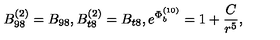
B _ { 9 8 } ^ { ( 2 ) } = B _ { 9 8 } , B _ { t 8 } ^ { ( 2 ) } = B _ { t 8 } , e ^ { { \Phi } _ { b } ^ { ( 1 0 ) } } = { { 1 + { \frac { C } { r ^ { 5 } } } } } ,